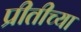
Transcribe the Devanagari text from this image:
प्रीतीच्या